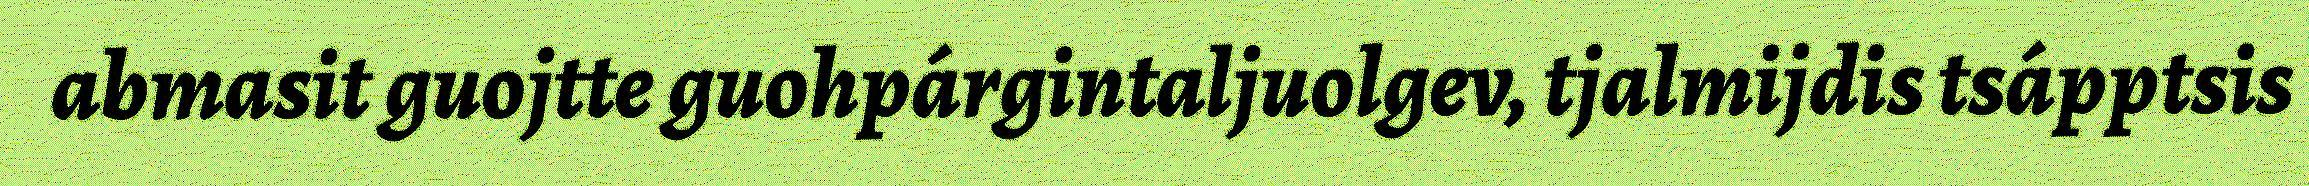
abmasit guojtte guohpárgintaljuolgev, tjalmijdis tsápptsis